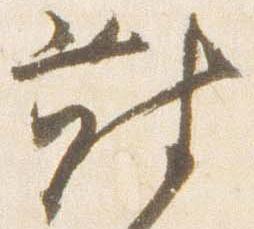
対